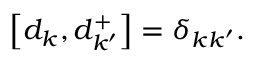
\left[ d _ { k } , d _ { k ^ { \prime } } ^ { + } \right] = \delta _ { k k ^ { \prime } } .